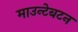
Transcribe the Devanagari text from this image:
माउन्टेबटन